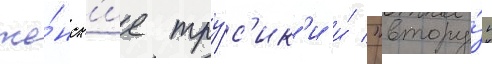
же́нск'ие тру́с'ик'и и́ "втору́ю